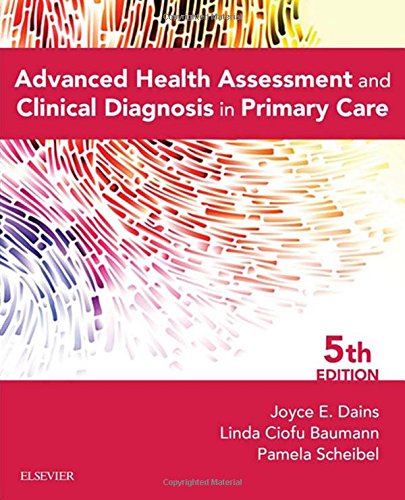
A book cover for Advanced Health Assessment & Clinical Diagnosis in Primary Care, 5e; Joyce E. Dains DrPH  JD  RN  FNP  BC  DPNAP; Medical Books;